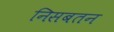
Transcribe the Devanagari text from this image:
निसबतन